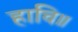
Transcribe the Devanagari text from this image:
हाचि॥